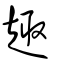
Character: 𧼈